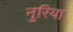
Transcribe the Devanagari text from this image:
नुरिया